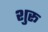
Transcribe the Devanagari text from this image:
शु्रू